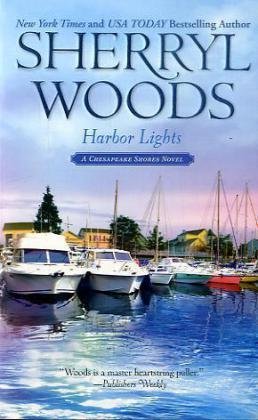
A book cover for Harbor Lights (Chesapeake Shores); Sherryl Woods; Literature & Fiction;